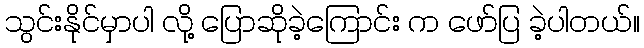
သွင်းနိုင်မှာပါ လို့ ပြောဆိုခဲ့ကြောင်း က ဖော်ပြ ခဲ့ပါတယ်။